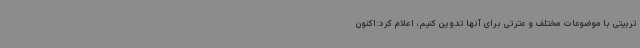
تربیتی با موضوعات مختلف و عترتی برای آنها تدوین کنیم، اعلام کرد:اکنون